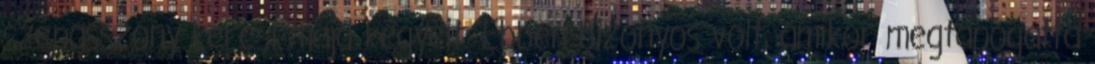
szépasszony keresi majd kegyeit. Ebben bizonyos volt, amikor megtapogatta